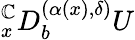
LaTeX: {}_{x}^{\mathbb{C}}D_{b}^{(\alpha(x),\delta)}U